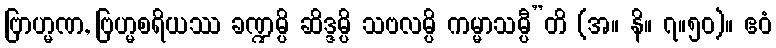
ဗြာဟ္မဏ, ဗြဟ္မစရိယဿ ခဏ္ဍမ္ပိ ဆိဒ္ဒမ္ပိ သဗလမ္ပိ ကမ္မာသမ္ပီ”တိ (အ။ နိ။ ၇။၅၀)။ ဧဝံ